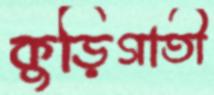
কুড়িগাতী